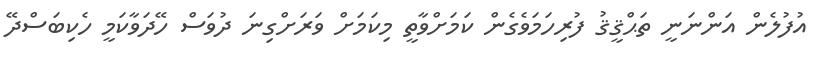
އުފުލެން އަންނަނީ ތަޙްޤީޤު ފުރިހަމަވެގެން ކަމަށްވާތީ މިކަމަށް ވަރަށްގިނަ ދުވަސް ހޭދަވާކަމީ ހެކިބަސްދޭ